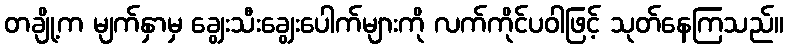
တချို့က မျက်နှာမှ ချွေးသီးချွေးပေါက်များကို လက်ကိုင်ပဝါဖြင့် သုတ်နေကြသည်။